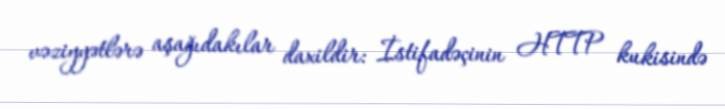
vəziyyətlərə aşağıdakılar daxildir: İstifadəçinin HTTP kukisində